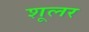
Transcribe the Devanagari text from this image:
शूलर